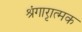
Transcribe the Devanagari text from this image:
श्रृंगारात्मक